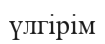
үлгірім